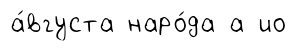
а́вгуста наро́да а ио